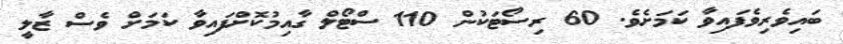
ބައިވެރިވެފައިވާ ކަމަށެވެ. 60 ރިސޯޓަކުން 110 ސްޓޯލް ގާއިމުކޮށްފައިވާ ކަމަށް ވެސް ޒާލީ